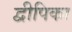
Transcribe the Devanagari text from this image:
द्वीपिका